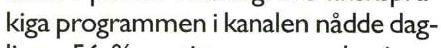
kiga programmen i kanalen nådde dag-